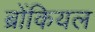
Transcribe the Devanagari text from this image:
ब्रोंकियल